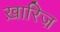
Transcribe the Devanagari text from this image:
ख़ारिज़